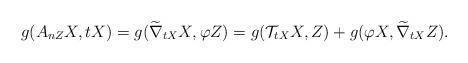
LaTeX: \begin{align*}g(A_{nZ}X, tX)&=g(\widetilde\nabla_{tX}X,\varphi Z)=g(\mathcal{T}_{tX}X, Z)+ g(\varphi X, \widetilde\nabla_{tX}Z). \end{align*}